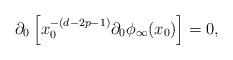
LaTeX: \begin{align*}\partial_0\left[ x_0^{-(d-2p-1)}\partial_0 \phi_\infty (x_0) \right] = 0,\end{align*}